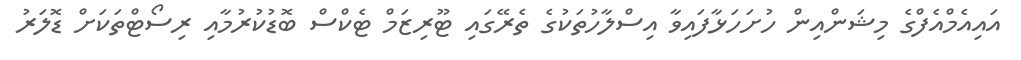
އައިއެމްއެފްގެ މިޝަންއިން ހުށަހަޅާފައިވާ އިސްލާހުތަކުގެ ތެރޭގައި ޓޫރިޒަމް ޓެކްސް ބޮޑުކުރުމާއި ރިސޯޓްތަކަށް ޑޮލަރު